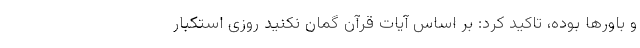
و باورها بوده، تاکید کرد: بر اساس آیات قرآن گمان نکنید روزی استکبار